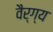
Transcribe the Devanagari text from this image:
वैर्ग्य